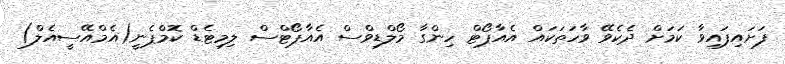
ފަށައިފައިވާ ކަަމަށް ދެކެވޭ ވާހަތަކައް އެެއާޕޯޓް ހިންގާ މޯލްޑިވްސް އެއާޕޯޓްސް ލިމިޓެޑް ކޮމްޕެނީ(އެމްއޭސީއެލް)